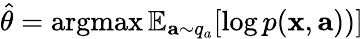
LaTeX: \hat{\theta}=\operatorname{argmax}\mathbb{E}_{\mathbf{a}\sim q_{a}}[\log p(\mathbf{x},\mathbf{a}))]